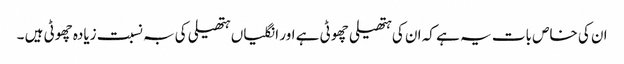
ان کی خاص بات یہ ہے کہ ان کی ہتھیلی چھوٹی ہے اور انگلیاں ہتھیلی کی بہ نسبت زیادہ چھوٹی ہیں ۔